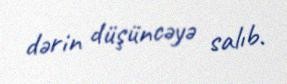
dərin düşüncəyə salıb.